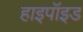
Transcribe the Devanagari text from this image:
हाइपॉइड